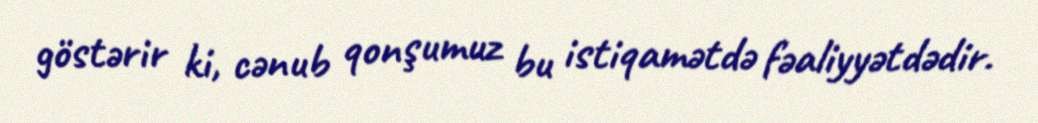
göstərir ki, cənub qonşumuz bu istiqamətdə fəaliyyətdədir.